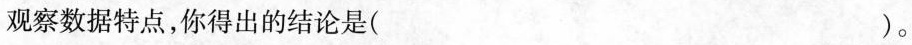
观察数据特点，你得出的结论是( )。